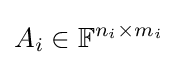
A_{i}\in \mathbb {F} ^{n_{i}\times m_{i}}